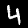
Digit: 4